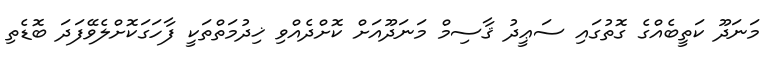
މަނަދޫ ކަތީބެއްގެ ގޮތުގައި ސަޢީދު ޤާސިމް މަނަދޫއަށް ކޮށްދެއްވި ޚިދުމަތްތަކީ ފާހަގަކޮށްލެވޭފަދަ ބޮޑެތި